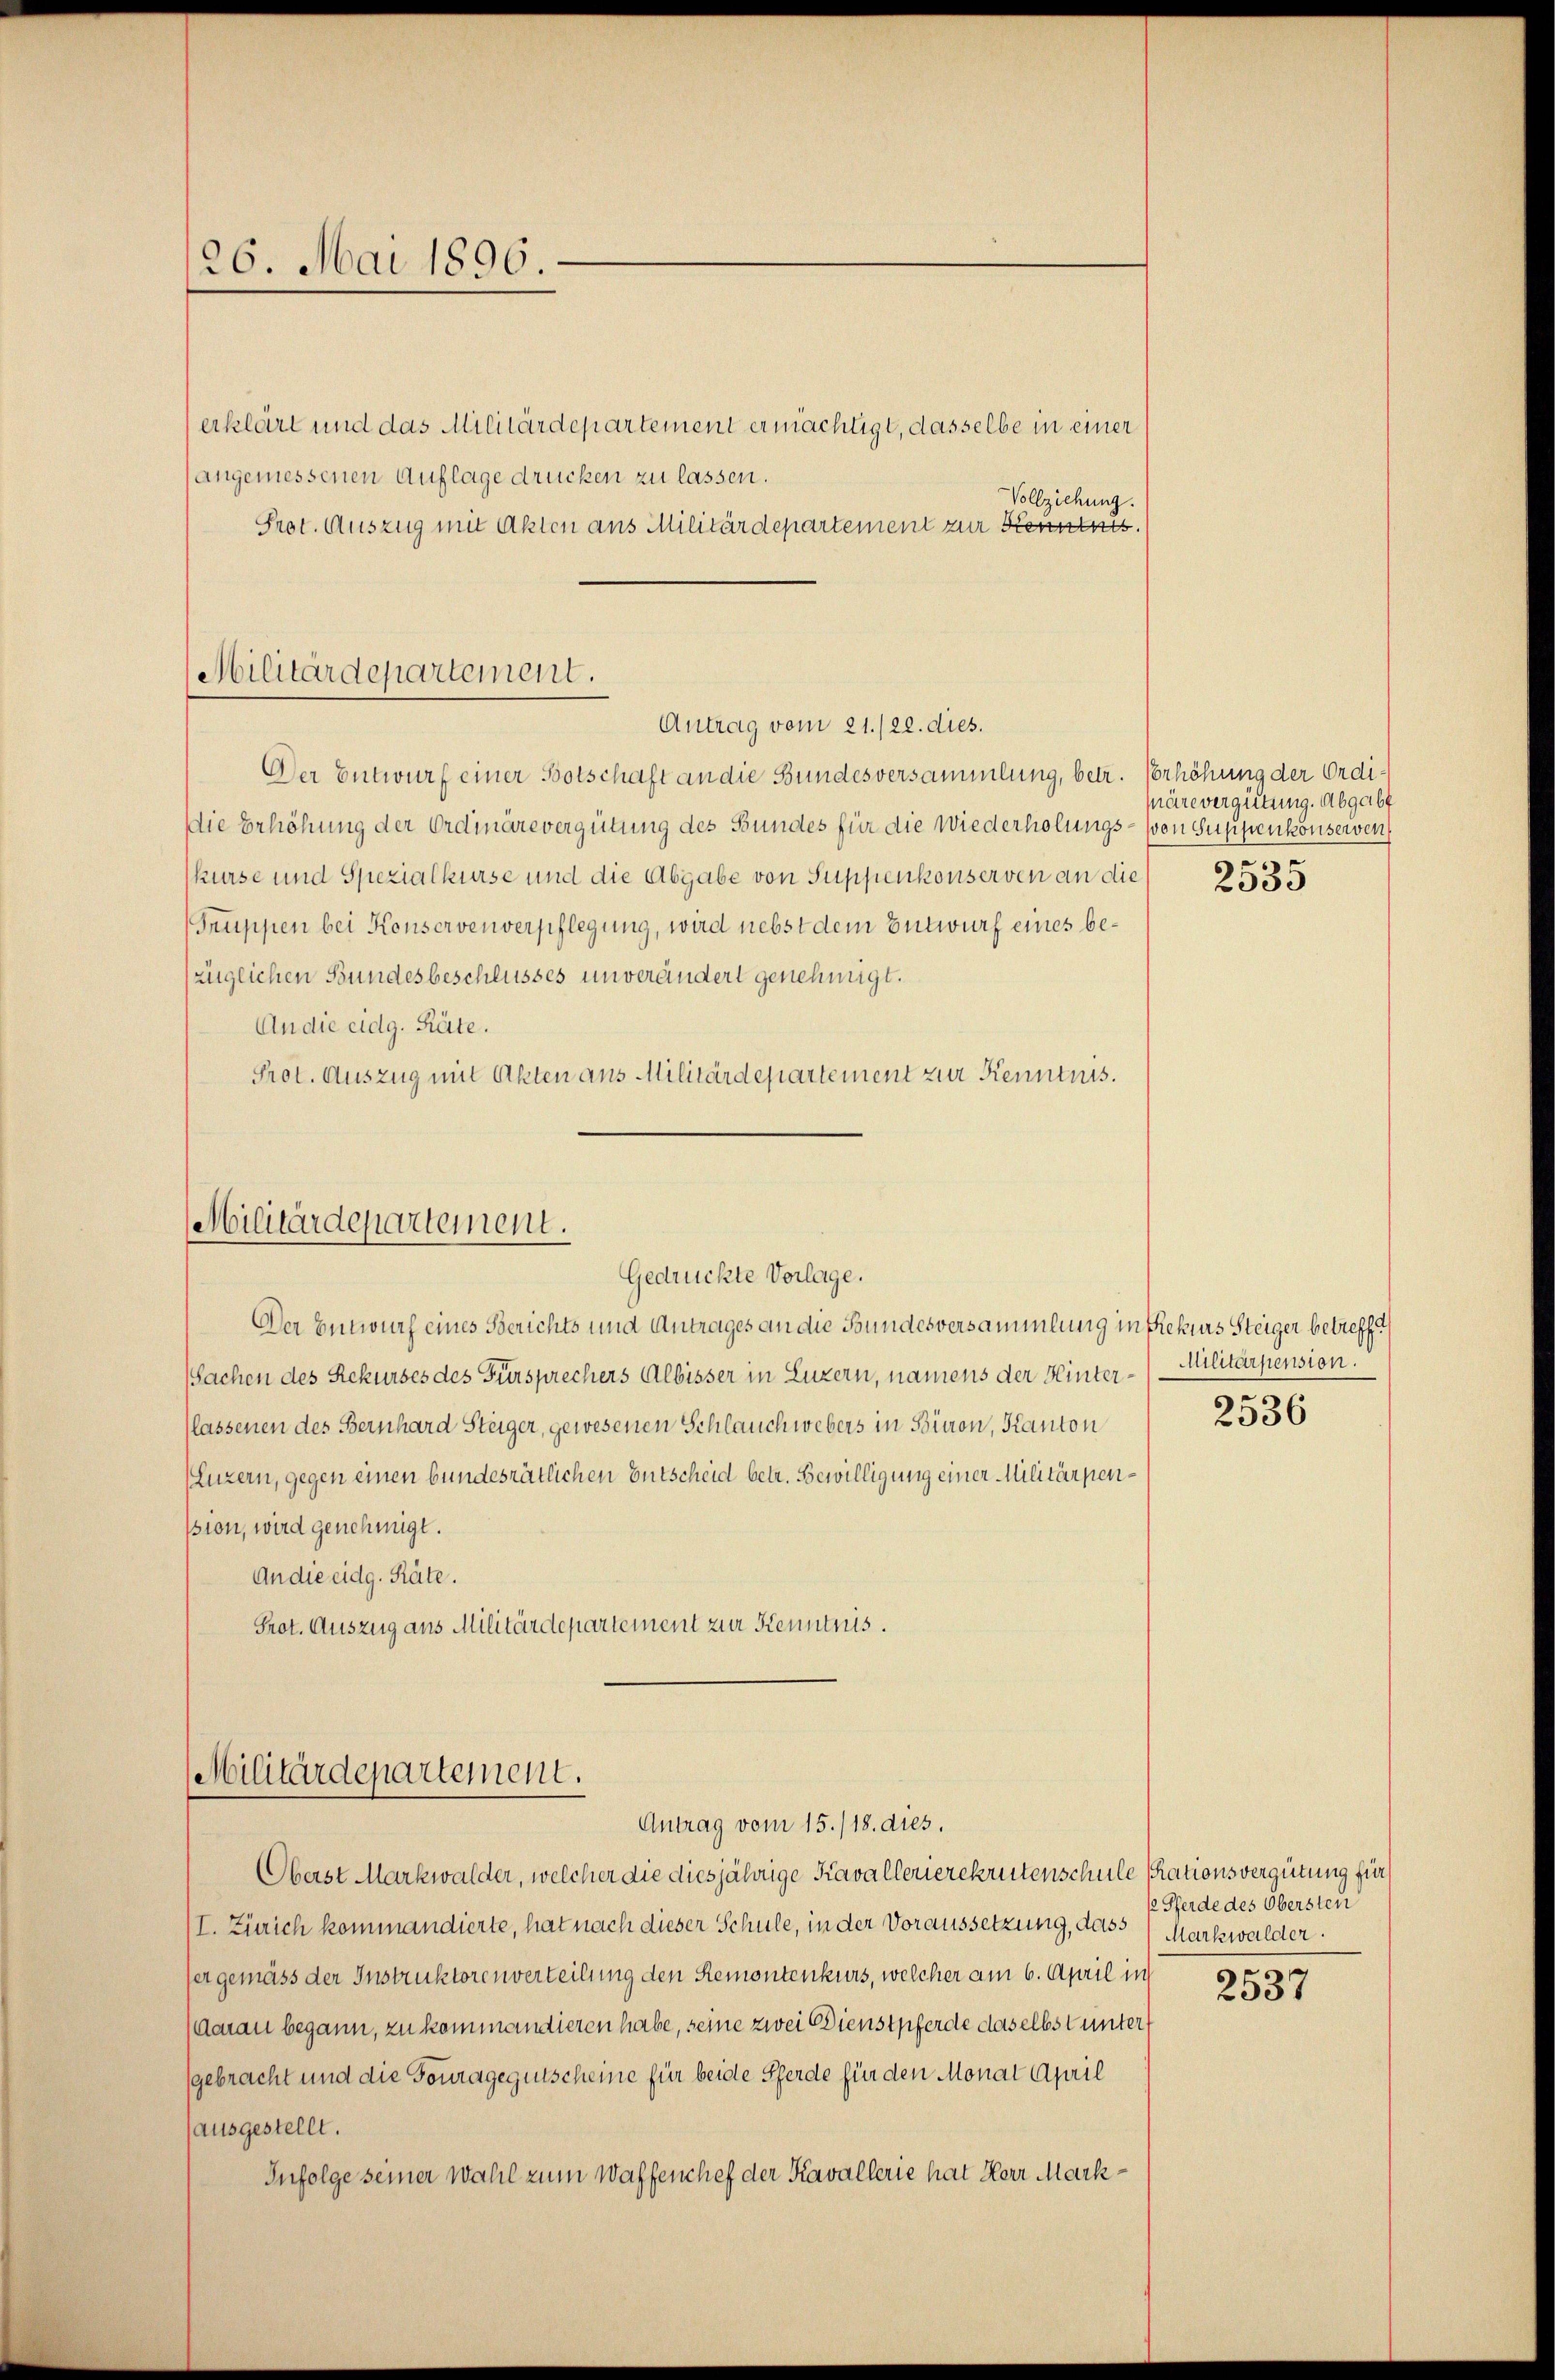
26. Mai 1896.

erklärt und das Militärdepartement ermächtigt, dasselbe in einer
angemessenen Auflage drücken zu lassen.
Vollziehung.
Prot. Auszug mit Akten aus Militärdepartement zur Kenntnis
Der Entwurf einer Botschaft an die Bundesversammlung, betr. Verhöhung der Ordi¬
Die Erhöhung der Ordinärevergütung des Bundes für die Wiederholungs- von Suppenkonserven
kurse und Spezialkurse und die Abgabe von Suppenkonserven an die
Truppen bei Konservenverpflegung, wird nebst dem Entwurf eines bezüglichen Bundesbeschlusses unverändert genehmigt.
An die eidg. Räte.
Prot. Auszug mit Akten aus Militärdepartement zur Kenntnis.

Militärdepartement.

Militärdepartement.
Gedrückte Vorlage.

Der Entwurf eines Berichts und Antrages an die Bundesversammlung in Rekurs Steiger betreff
Sachen des Rekurses des Fürsprechers Albisser in Luzern, namens der Hinter-Militärpension
lassenen des Bernhard Steiger, gewesenen Schlauch webers in Bieron, Kanton
(Luzern, gegen einen bundesrätlichen Entscheid betr. Bewilligung einer Militärpenssion, wird genehmigt.
An die eidg. Räte.
Prot. Auszug aus Militärdepartement zur Kenntnis.

Militärdepartement.
Antrag vom 15./18. dies.

Antrag vom 21./22. dies.

OOberst Markwalder, welcher die diesjährige Kavallerierekrutenschule sationsvergütung für
I. Zürich kommandierte, hat nach dieser Schule, in der Voraussetzung, dass Markwalder.
ser gemäss der Instruktorenverteilung den Remontenkurs, welcher am 6. April in
darau begann, zu kommandieren habe, seine zwei Dienstpferde daselbst unter
gebracht und die Fouragegutscheine für beide Pferde für den Monat April
ausgestellt.
Infolge seiner Wahl zum Waffenchef der Kavallerie hat Herr Mark¬

märe vergütung. Abgabt

2535

2536

ke Pferde des Obersten

2537